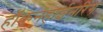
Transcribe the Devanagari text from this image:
हॉकनहाईनरिंग